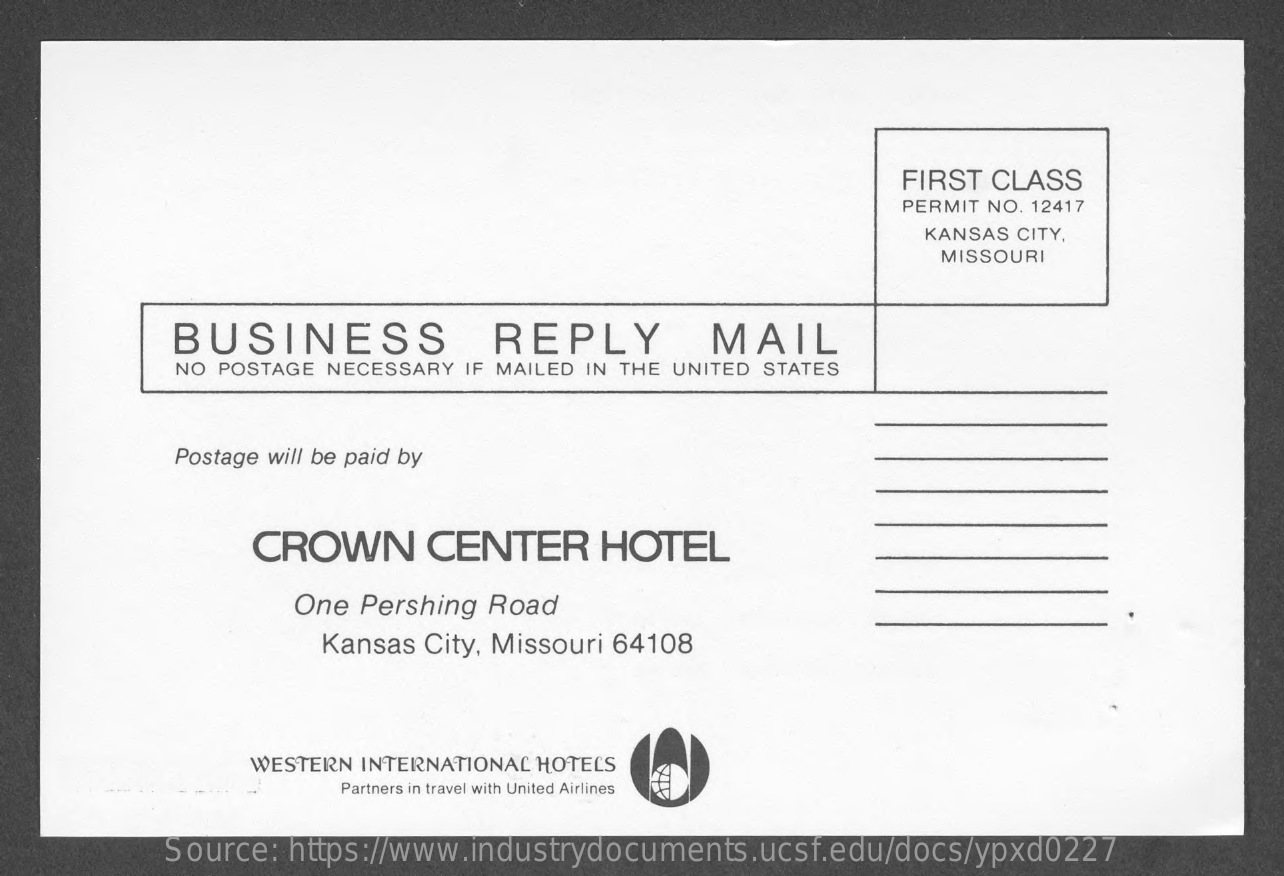
FIRST CLASS
     PERMIT NO. 12417
     KANSAS CITY,
     MISSOURI
     BUSINESS    REPLY    MAIL
     NO POSTAGE NECESSARY IF MAILED IN THE UNITED STATES
     Postage will be paid by
     CROWN    CENTER    HOTEL
     One Pershing Road
     Kansas City, Missouri 64108
     WESTERN INTERNATIONAL HOTELS
     Partners in travel with United Airlines
     Source: https://www.industrydocuments.ucsf.edu/docs/ypxd0227